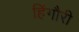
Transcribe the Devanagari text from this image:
हिंगौरी